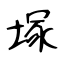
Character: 塚